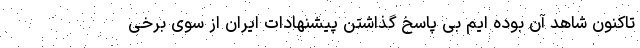
تاکنون شاهد آن بوده ایم بی پاسخ گذاشتن پیشنهادات ایران از سوی برخی